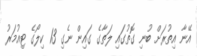
އޭނާ އިތުރަށް ބުނި ގޮތުގައި ލަތާގެ ގައިން ނެގި 13 ކިލޯގެ ޓިއުމަރު